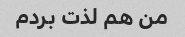
من هم لذت بردم